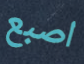
اصبع